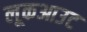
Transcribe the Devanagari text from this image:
लूकआउट